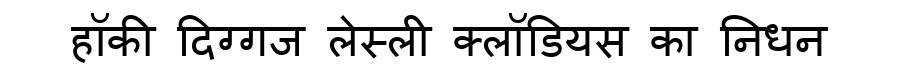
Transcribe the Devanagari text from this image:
हॉकी दिग्गज लेस्ली क्लॉडियस का निधन